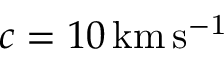
c = 1 0 \, \mathrm { k m \, s ^ { - 1 } }